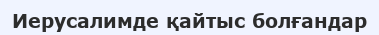
Иерусалимде қайтыс болғандар